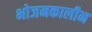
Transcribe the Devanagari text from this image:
भोजनकालीन